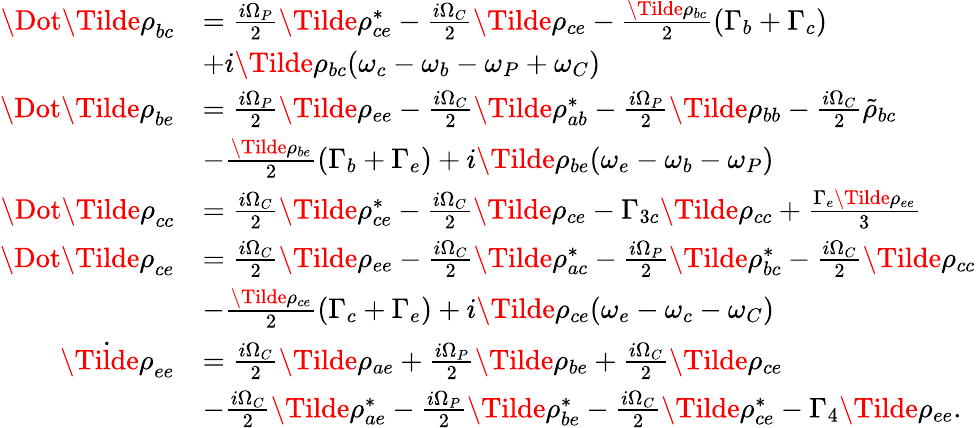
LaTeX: \begin{array}{rl}{\Dot{\Tilde{\rho}}_{bc}}&{=\frac{i\Omega_{P}}{2}\Tilde{\rho}_{ce}^{*}-\frac{i\Omega_{C}}{2}\Tilde{\rho}_{ce}-\frac{\Tilde{\rho}_{bc}}{2}(\Gamma_{b}+\Gamma_{c})}\\ &{+i\Tilde{\rho}_{bc}(\omega_{c}-\omega_{b}-\omega_{P}+\omega_{C})}\\ {\Dot{\Tilde{\rho}}_{be}}&{=\frac{i\Omega_{P}}{2}\Tilde{\rho}_{ee}-\frac{i\Omega_{C}}{2}\Tilde{\rho}_{ab}^{*}-\frac{i\Omega_{P}}{2}\Tilde{\rho}_{bb}-\frac{i\Omega_{C}}{2}\tilde{\rho}_{bc}}\\ &{-\frac{\Tilde{\rho}_{be}}{2}(\Gamma_{b}+\Gamma_{e})+i\Tilde{\rho}_{be}(\omega_{e}-\omega_{b}-\omega_{P})}\\ {\Dot{\Tilde{\rho}}_{cc}}&{=\frac{i\Omega_{C}}{2}\Tilde{\rho}_{ce}^{*}-\frac{i\Omega_{C}}{2}\Tilde{\rho}_{ce}-\Gamma_{3c}\Tilde{\rho}_{cc}+\frac{\Gamma_{e}\Tilde{\rho}_{ee}}{3}}\\ {\Dot{\Tilde{\rho}}_{ce}}&{=\frac{i\Omega_{C}}{2}\Tilde{\rho}_{ee}-\frac{i\Omega_{C}}{2}\Tilde{\rho}_{ac}^{*}-\frac{i\Omega_{P}}{2}\Tilde{\rho}_{bc}^{*}-\frac{i\Omega_{C}}{2}\Tilde{\rho}_{cc}}\\ &{-\frac{\Tilde{\rho}_{ce}}{2}(\Gamma_{c}+\Gamma_{e})+i\Tilde{\rho}_{ce}(\omega_{e}-\omega_{c}-\omega_{C})}\\ {\dot{\Tilde{\rho}}_{ee}}&{=\frac{i\Omega_{C}}{2}\Tilde{\rho}_{ae}+\frac{i\Omega_{P}}{2}\Tilde{\rho}_{be}+\frac{i\Omega_{C}}{2}\Tilde{\rho}_{ce}}\\ &{-\frac{i\Omega_{C}}{2}\Tilde{\rho}_{ae}^{*}-\frac{i\Omega_{P}}{2}\Tilde{\rho}_{be}^{*}-\frac{i\Omega_{C}}{2}\Tilde{\rho}_{ce}^{*}-\Gamma_{4}\Tilde{\rho}_{ee}.}\end{array}